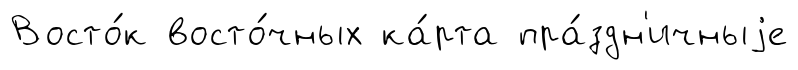
Восто́к восто́чных ка́рта пра́здн'ичныjе